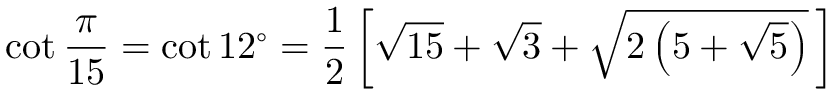
\cot { \frac { \pi } { 1 5 } } = \cot 1 2 ^ { \circ } = { \frac { 1 } { 2 } } \left[ { \sqrt { 1 5 } } + { \sqrt { 3 } } + { \sqrt { 2 \left( 5 + { \sqrt { 5 } } \right) } } \, \right]